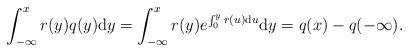
LaTeX: \begin{align*} \int^x_{-\infty} r(y) q(y)\mathrm dy &= \int^x_{-\infty} r(y) e^{\int^y_0 r(u)\mathrm du} \mathrm dy = q(x) - q(-\infty). \end{align*}